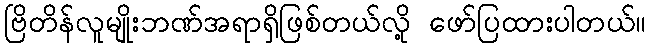
ဗြိတိန်လူမျိုးဘဏ်အရာရှိဖြစ်တယ်လို့ ဖော်ပြထားပါတယ်။